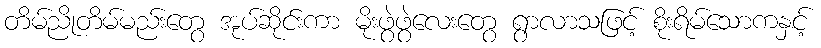
တိမ်ညိုတိမ်မည်းတွေ အုပ်ဆိုင်းကာ မိုးဖွဲဖွဲလေးတွေ ရွာလာသဖြင့် စိုးရိမ်သောကနှင့်